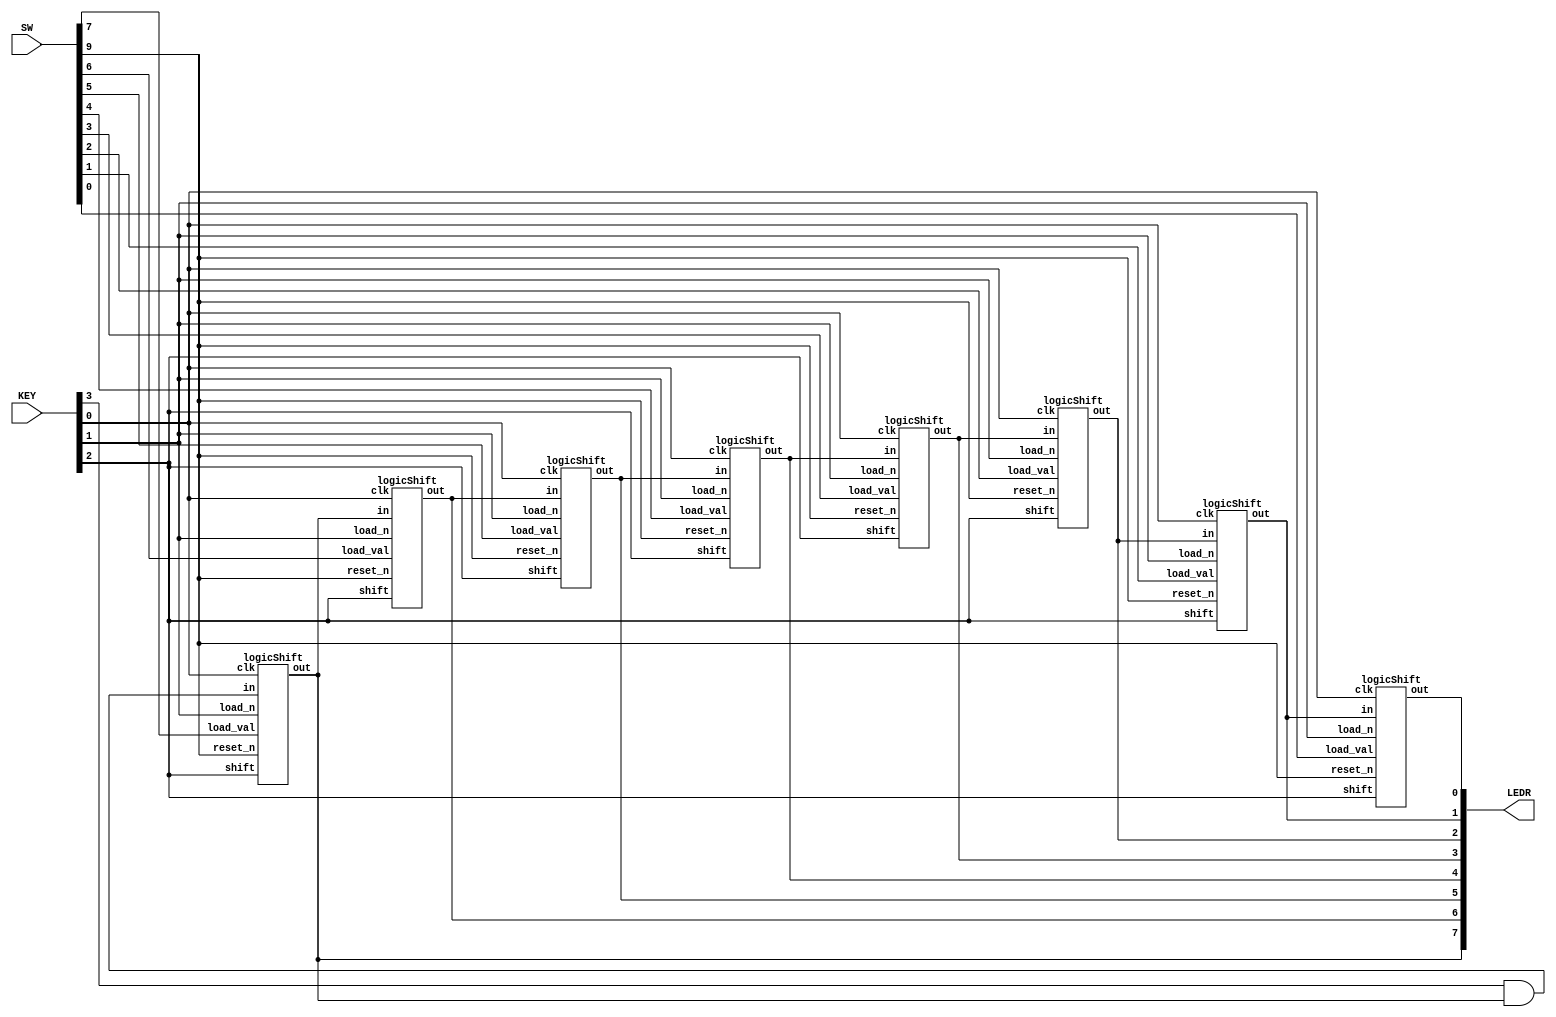
//SW[2:0] data inputs
//SW[9] select signal

//LEDR[0] output display

module SHIFT(LEDR, SW, KEY);
    input [9:0] SW;
	input [3:0] KEY;
    output [9:0] LEDR;
	
	wire [7:0] out;
	wire in;
	assign in = KEY[3] & out[7];
	
	logicShift s1(in, KEY[2], SW[7], KEY[1], KEY[0], SW[9], out[7]);
	logicShift s2(out[7], KEY[2], SW[6], KEY[1], KEY[0], SW[9], out[6]);
	logicShift s3(out[6], KEY[2], SW[5], KEY[1], KEY[0], SW[9], out[5]);
	logicShift s4(out[5], KEY[2], SW[4], KEY[1], KEY[0], SW[9], out[4]);
	logicShift s5(out[4], KEY[2], SW[3], KEY[1], KEY[0], SW[9], out[3]);
	logicShift s6(out[3], KEY[2], SW[2], KEY[1], KEY[0], SW[9], out[2]);
	logicShift s7(out[2], KEY[2], SW[1], KEY[1], KEY[0], SW[9], out[1]);
	logicShift s8(out[1], KEY[2], SW[0], KEY[1], KEY[0], SW[9], out[0]);
	
	assign LEDR[7:0] = out[7:0];
endmodule

module logicShift(in, shift, load_val, load_n, clk, reset_n, out);
	input in;
	input shift;
	input load_val;
	input load_n;
	input clk;
	input reset_n;
	output out;
	
	wire data_from_other_mux;
	wire data_to_dff;
	
	mux2to1 m0(
		.x(out), // out
		.y(in), // in
		.s(shift), //shift
		.m(data_from_other_mux)); // data_from_other_mux
   
	mux2to1 m1(
        .x(load_val), //load_val
        .y(data_from_other_mux), //data_from_other_mux
        .s(load_n), //load_n
        .m(data_to_dff)); //data_to_dff
	
	flipflop f0(
		.data(data_to_dff), //data_to_dff
		.q(out), //out
		.clock(clk), //clk
		.reset_n(reset_n)); //reset_n
endmodule

module mux2to1(x, y, s, m);
    input x;
    input y; 
    input s;
    output m; 
	
    assign m = s & y | ~s & x;
endmodule

module flipflop(data, q, clock, reset_n);
	input clock;
	input data;
	input reset_n;
	output q;
	reg q;
	
	always @(posedge clock)
	begin
	if (reset_n == 1'b0)
		q <= 0;
	else
		q <= data;
	end
endmodule